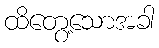
ထိတွေ့သောအခါ